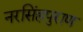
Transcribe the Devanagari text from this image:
नरसिंहपुराण